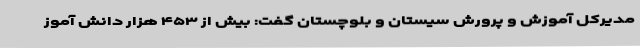
مدیرکل آموزش و پرورش سیستان و بلوچستان گفت: بیش از ۴۵۳ هزار دانش آموز